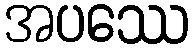
အပဿေ